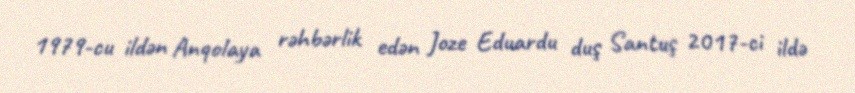
1979-cu ildən Anqolaya rəhbərlik edən Joze Eduardu duş Santuş 2017-ci ildə